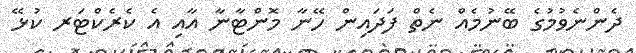
ދެންނެވުމުގެ ބޭނުމެއް ނެތް ފަދައިން ހޭނާ މޮންޓާނާ އާއި އެ ކެރެކްޓަރ ކުޅޭ